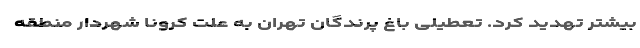
بیشتر تهدید کرد. تعطیلی باغ پرندگان تهران به علت کرونا شهردار منطقه